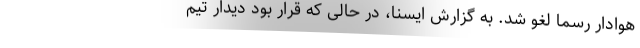
هوادار رسما لغو شد. به گزارش ایسنا، در حالی که قرار بود دیدار تیم